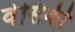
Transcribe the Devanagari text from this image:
वेसिकी